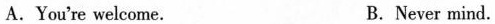
A.You're welcome. B.Never mind.